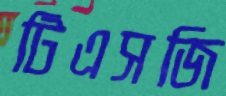
টিএসজি